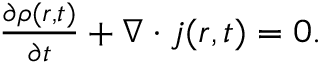
\begin{array} { r } { \frac { \partial \rho ( \boldsymbol r , t ) } { \partial t } + \boldsymbol { \nabla } \cdot \boldsymbol j ( \boldsymbol r , t ) = 0 . } \end{array}